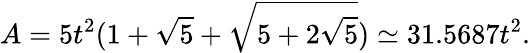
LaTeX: A={5}t^{2}(1+{\sqrt{5}}+{\sqrt{5+2{\sqrt{5}}}})\simeq 31.5687t^{2}.